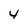
Character: 4